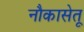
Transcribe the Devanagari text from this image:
नौकासेतू